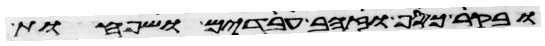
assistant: ובקר כסף וזהב עבדים ושפחות